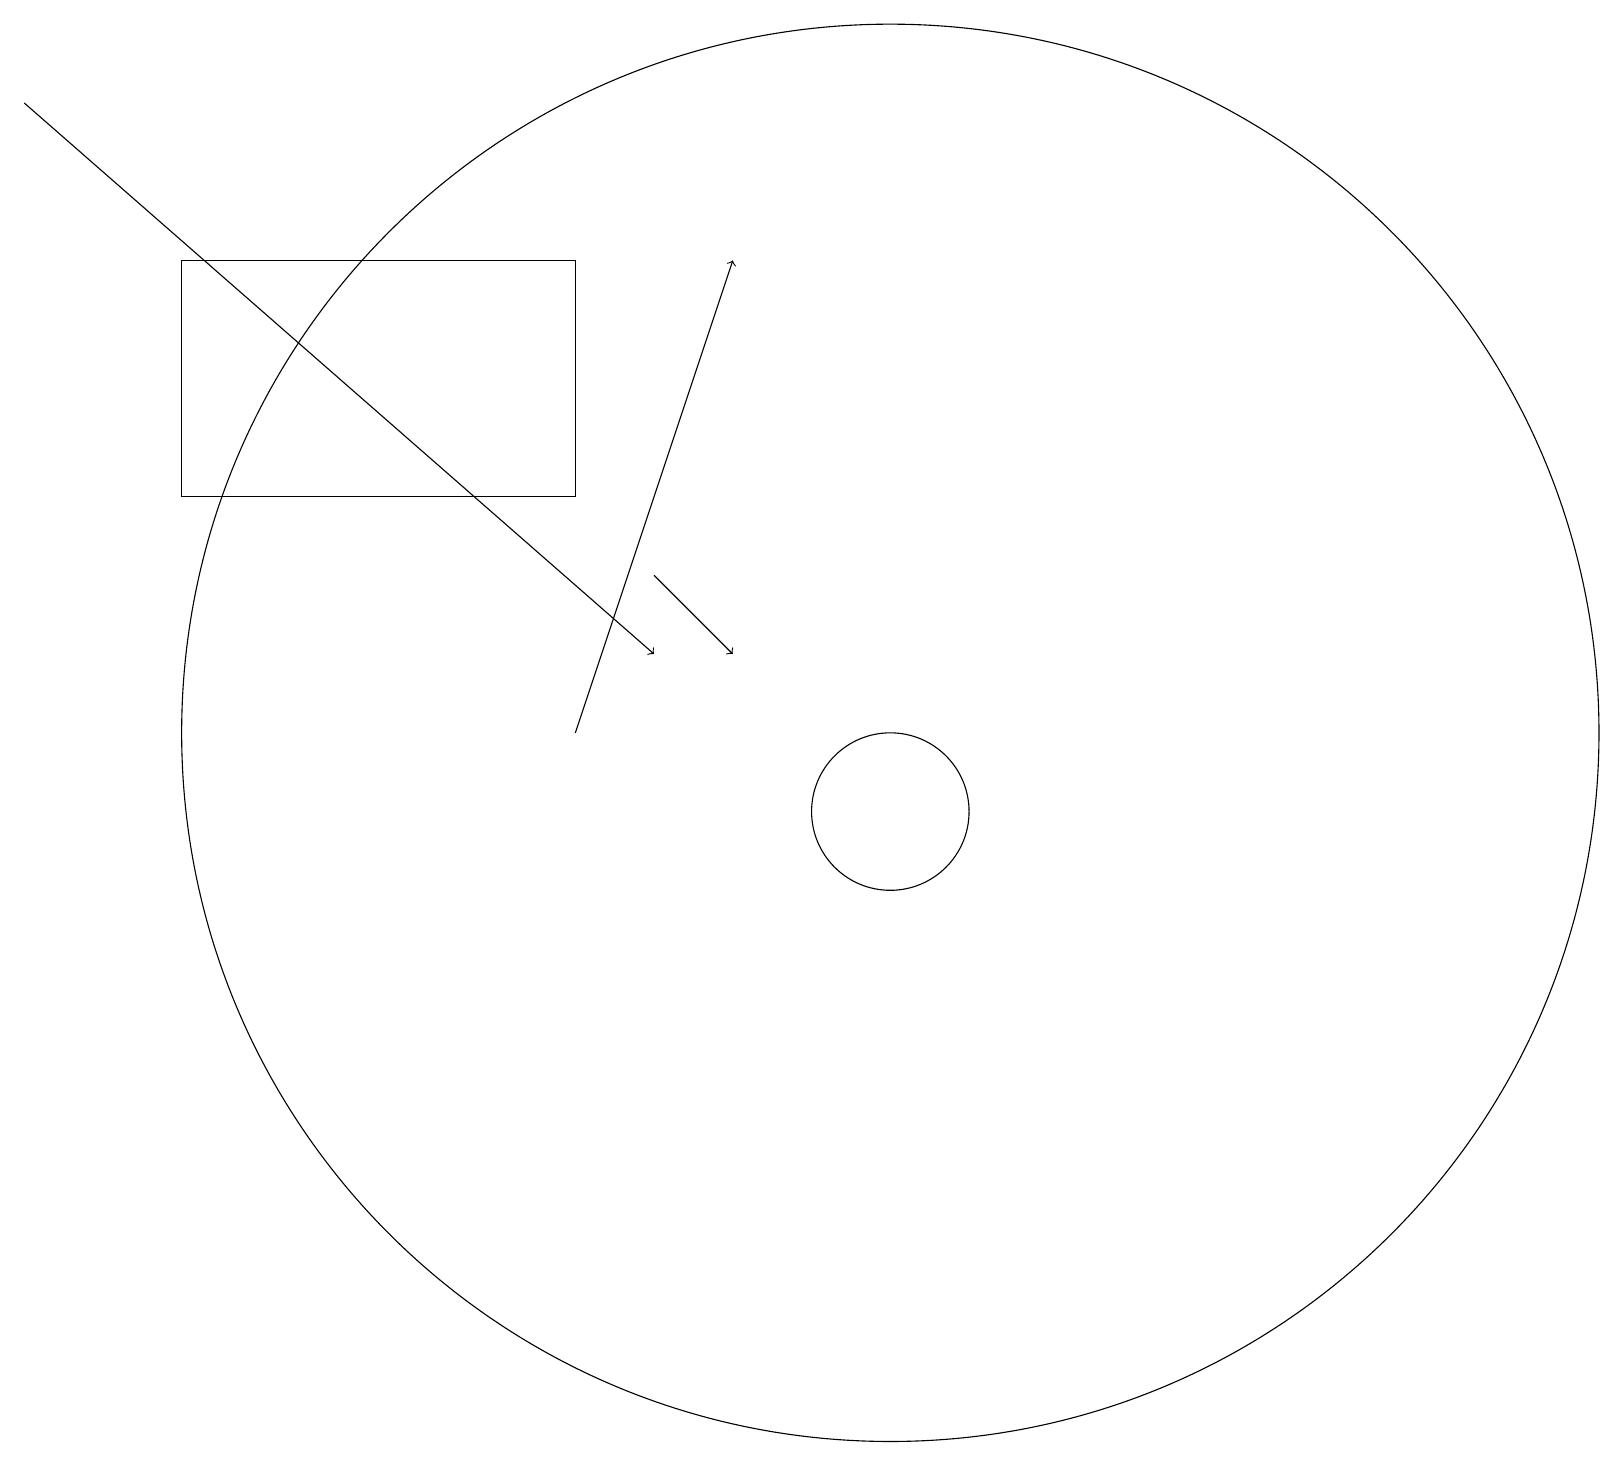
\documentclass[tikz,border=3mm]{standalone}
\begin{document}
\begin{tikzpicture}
\draw (11,11) circle (9);
\draw[->] (8,13) -- (9,12);
\draw[->] (7,11) -- (9,17);
\draw[->] (0,19) -- (8,12);
\draw (11,10) circle (1);
\draw (2,17) rectangle (7,14);
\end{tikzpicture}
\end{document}